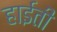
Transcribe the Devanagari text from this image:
हाईती